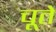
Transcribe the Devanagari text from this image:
चूते